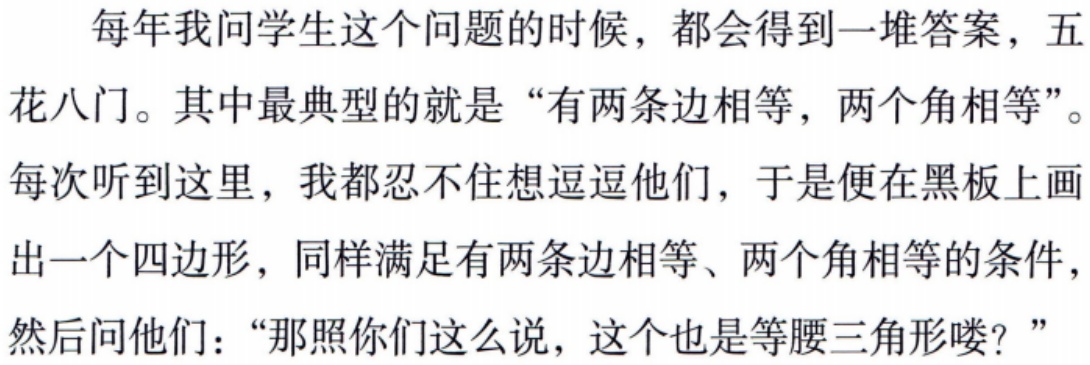
每年我问学生这个问题的时候，都会得到一堆答案，五
花八门。其中最典型的就是 “有两条边相等，两个角相等”。
每次听到这里，我都忍不住想逗逗他们，于是便在黑板上画
出一个四边形，同样满足有两条边相等、两个角相等的条件，
然后问他们：“那照你们这么说，这个也是等腰三角形喽？”